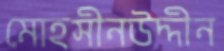
মোহসীনউদ্দীন